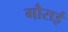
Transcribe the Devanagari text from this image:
गौराई